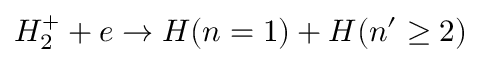
H _ { 2 } ^ { + } + e \rightarrow H ( n = 1 ) + H ( n ^ { \prime } \geq 2 )